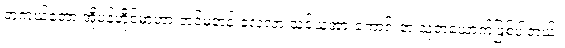
တကယ်တော့ အိုပဲန်ဟိုင်မာဟာ အင်မတန် လေ့လာ သင်ယူအားကောင်းတဲ့ သူတယောက်ဖြစ်ပါတယ်။